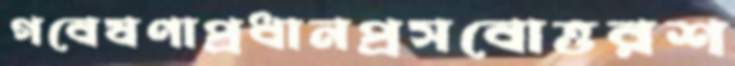
গবেষণাপ্রধানপ্রসবোত্তরশ